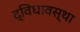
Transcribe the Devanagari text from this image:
द्विधावस्था